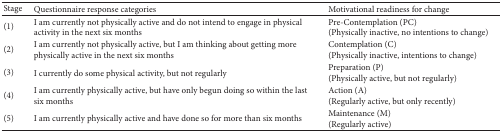
| Stage | Questionnaire response categories | Motivational readiness for change |
 | --- | --- | --- |
 | (1) | I am currently not physically active and do not intend to engage in physical activity in the next six months | Pre-Contemplation (PC)(Physically inactive, no intentions to change) |
 | (2) | I am currently not physically active, but I am thinking about getting more physically active in the next six months | Contemplation (C)(Physically inactive, intentions to change) |
 | (3) | I currently do some physical activity, but not regularly | Preparation (P)(Physically active, but not regularly) |
 | (4) | I am currently physically active, but have only begun doing so within the last six months | Action (A)(Regularly active, but only recently) |
 | (5) | I am currently physically active and have done so for more than six months | Maintenance (M)(Regularly active) |